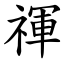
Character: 禈